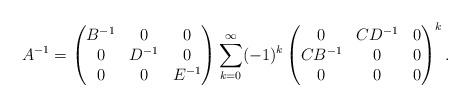
LaTeX: \begin{align*}A^{-1}=\begin{pmatrix}B^{-1} & 0 & 0 \\0 & D^{-1} & 0 \\0 & 0 & E^{-1}\end{pmatrix}{\sum_{k=0}^{\infty}}(-1)^{k}\begin{pmatrix}0 & CD^{-1} & 0 \\CB^{-1} & 0 & 0 \\0 & 0 & 0\end{pmatrix}^{k}.\end{align*}